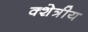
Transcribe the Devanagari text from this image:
क्शेत्रीय